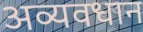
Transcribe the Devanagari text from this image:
अव्यवधान